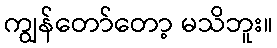
ကျွန်တော်တော့ မသိဘူး။